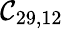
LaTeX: \mathcal{C}_{29,12}